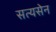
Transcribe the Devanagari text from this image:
सत्यसेन